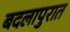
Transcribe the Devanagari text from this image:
बदलापुरात